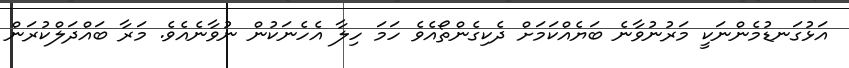
އަޅުގަނޑުމެންނަކީ މަރުނުވާނެ ބަޔެއްކަމަށް ދެކިގެންތޯއެވެ ހަމަ ހިލާ އެހެނަކުން ނުވާނެއެވެ. މަރާ ބައްދަލްކުރަން